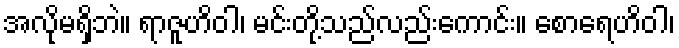
အလိုမရှိဘဲ။ ရာဇူဟိဝါ၊ မင်းတို့သည်လည်းကောင်း။ စောရေဟိဝါ၊